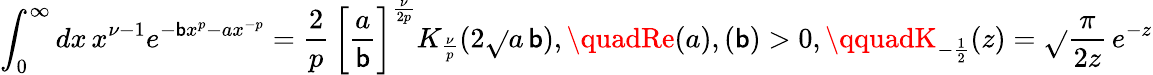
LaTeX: \int_{0}^{\infty}dx\, x^{\nu-1}e^{-\mathsf{b}x^{p}-ax^{-p}}=\frac{{2}}{{p}}\, \bigg[\frac{{a}}{{\mathsf{b}}}\bigg]^{\frac{{\nu}}{{2p}}}K_{\frac{{\nu}}{{p}}}(2\sqrt{}{{a\, \mathsf{b}}}),\quadRe(a),(\mathsf{b})>0,\qquadK_{-\frac{{1}}{{2}}}(z)=\sqrt{}{{\frac{{\pi}}{{2z}}}}\, e^{-z}